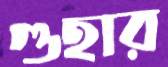
গুহার